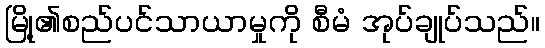
မြို့၏စည်ပင်သာယာမှုကို စီမံ အုပ်ချုပ်သည်။